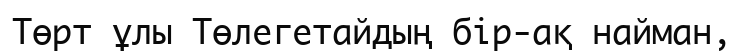
Төрт ұлы Төлегетайдың бір-ақ найман,